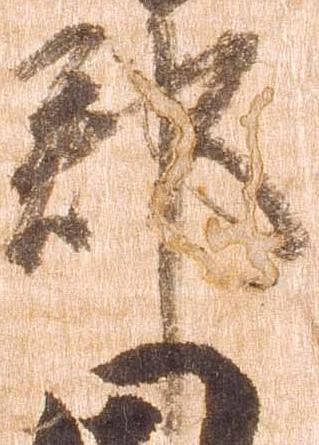
郡